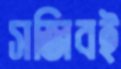
সজিবই